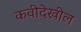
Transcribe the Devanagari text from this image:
कवीदेखील